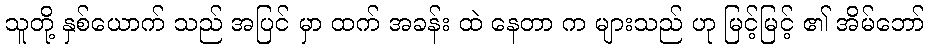
သူတို့ နှစ်ယောက် သည် အပြင် မှာ ထက် အခန်း ထဲ နေတာ က များသည် ဟု မြင့်မြင့် ၏ အိမ်ဘော်